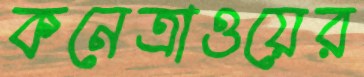
কনেত্রাওয়ের